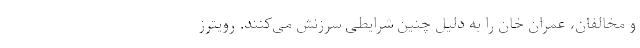
و مخالفان، عمران خان را به دلیل چنین شرایطی سرزنش می‌کنند. رویترز